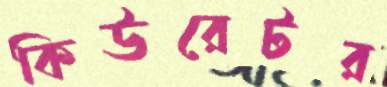
কিউরেটর